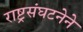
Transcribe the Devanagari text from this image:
राष्ट्रसंघटनेने